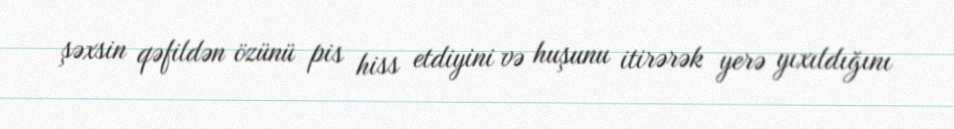
şəxsin qəfildən özünü pis hiss etdiyini və huşunu itirərək yerə yıxıldığını